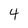
Character: 4